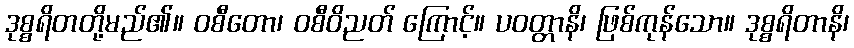
ဒုစ္စရိတတို့မည်၏။ ဝစီတော၊ ဝစီဝိညတ် ကြောင့်။ ပဝတ္တာနိ၊ ဖြစ်ကုန်သော။ ဒုစ္စရိတာနိ၊